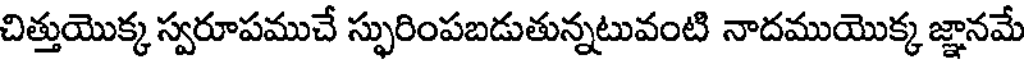
చిత్తుయొక్క స్వరూపముచే స్ఫురింపబడుతున్నటువంటి నాదముయొక్క జ్ఞానమే